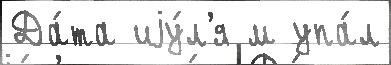
Да́та иjу́л'я м упа́л